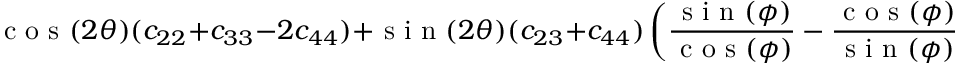
\textrm { c o s } ( 2 \theta ) ( c _ { 2 2 } + c _ { 3 3 } - 2 c _ { 4 4 } ) + \textrm { s i n } ( 2 \theta ) ( c _ { 2 3 } + c _ { 4 4 } ) \left( \frac { \textrm { s i n } ( \phi ) } { \textrm { c o s } ( \phi ) } - \frac { \textrm { c o s } ( \phi ) } { \textrm { s i n } ( \phi ) } \right) + ( c _ { 2 2 } - c _ { 3 3 } ) = 0